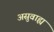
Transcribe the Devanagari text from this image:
असुवाह्य